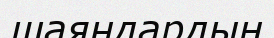
шаяндардың